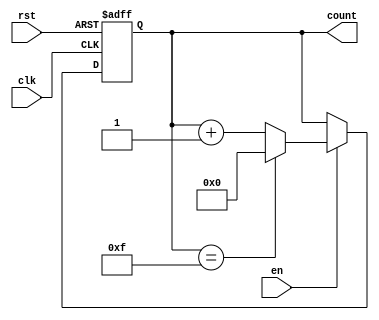
module multi_bit_counter #(
    parameter WIDTH = 4 // Default to 4 bits, can be changed as needed
)(
    input wire clk,      // Clock input
    input wire rst,      // Asynchronous reset
    input wire en,       // Enable signal
    output reg [WIDTH-1:0] count // Counter output
);

// Maximum value for the counter based on the width
localparam MAX_COUNT = (1 << WIDTH) - 1;

always @(posedge clk or posedge rst) begin
    if (rst) begin
        count <= 0; // Reset the counter to 0
    end else if (en) begin
        if (count == MAX_COUNT) begin
            count <= 0; // Wrap around to 0 if maximum value is reached
        end else begin
            count <= count + 1; // Increment the counter
        end
    end
end

endmodule